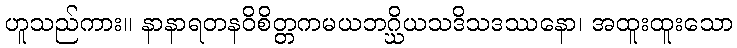
ဟူသည်ကား။ နာနာရတနဝိစိတ္တကမယဘဂ္ဃိယသဒိသဒဿနော၊ အထူးထူးသော